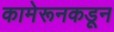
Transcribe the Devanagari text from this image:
कामेरूनकडून